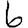
Digit: 6